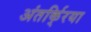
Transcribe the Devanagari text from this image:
अंतर्कि्रया